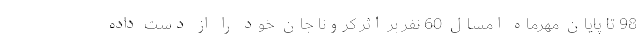
98 تا پایان مهرماه امسال 60 نفر بر اثر کرونا جان خود را از دست داده